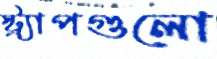
স্ট্র্যাপগুলো